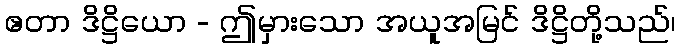
ဧတာ ဒိဋ္ဌိယော - ဤမှားသော အယူအမြင် ဒိဋ္ဌိတို့သည်၊